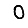
Digit: 0